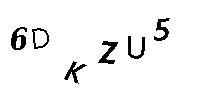
6DKZU5